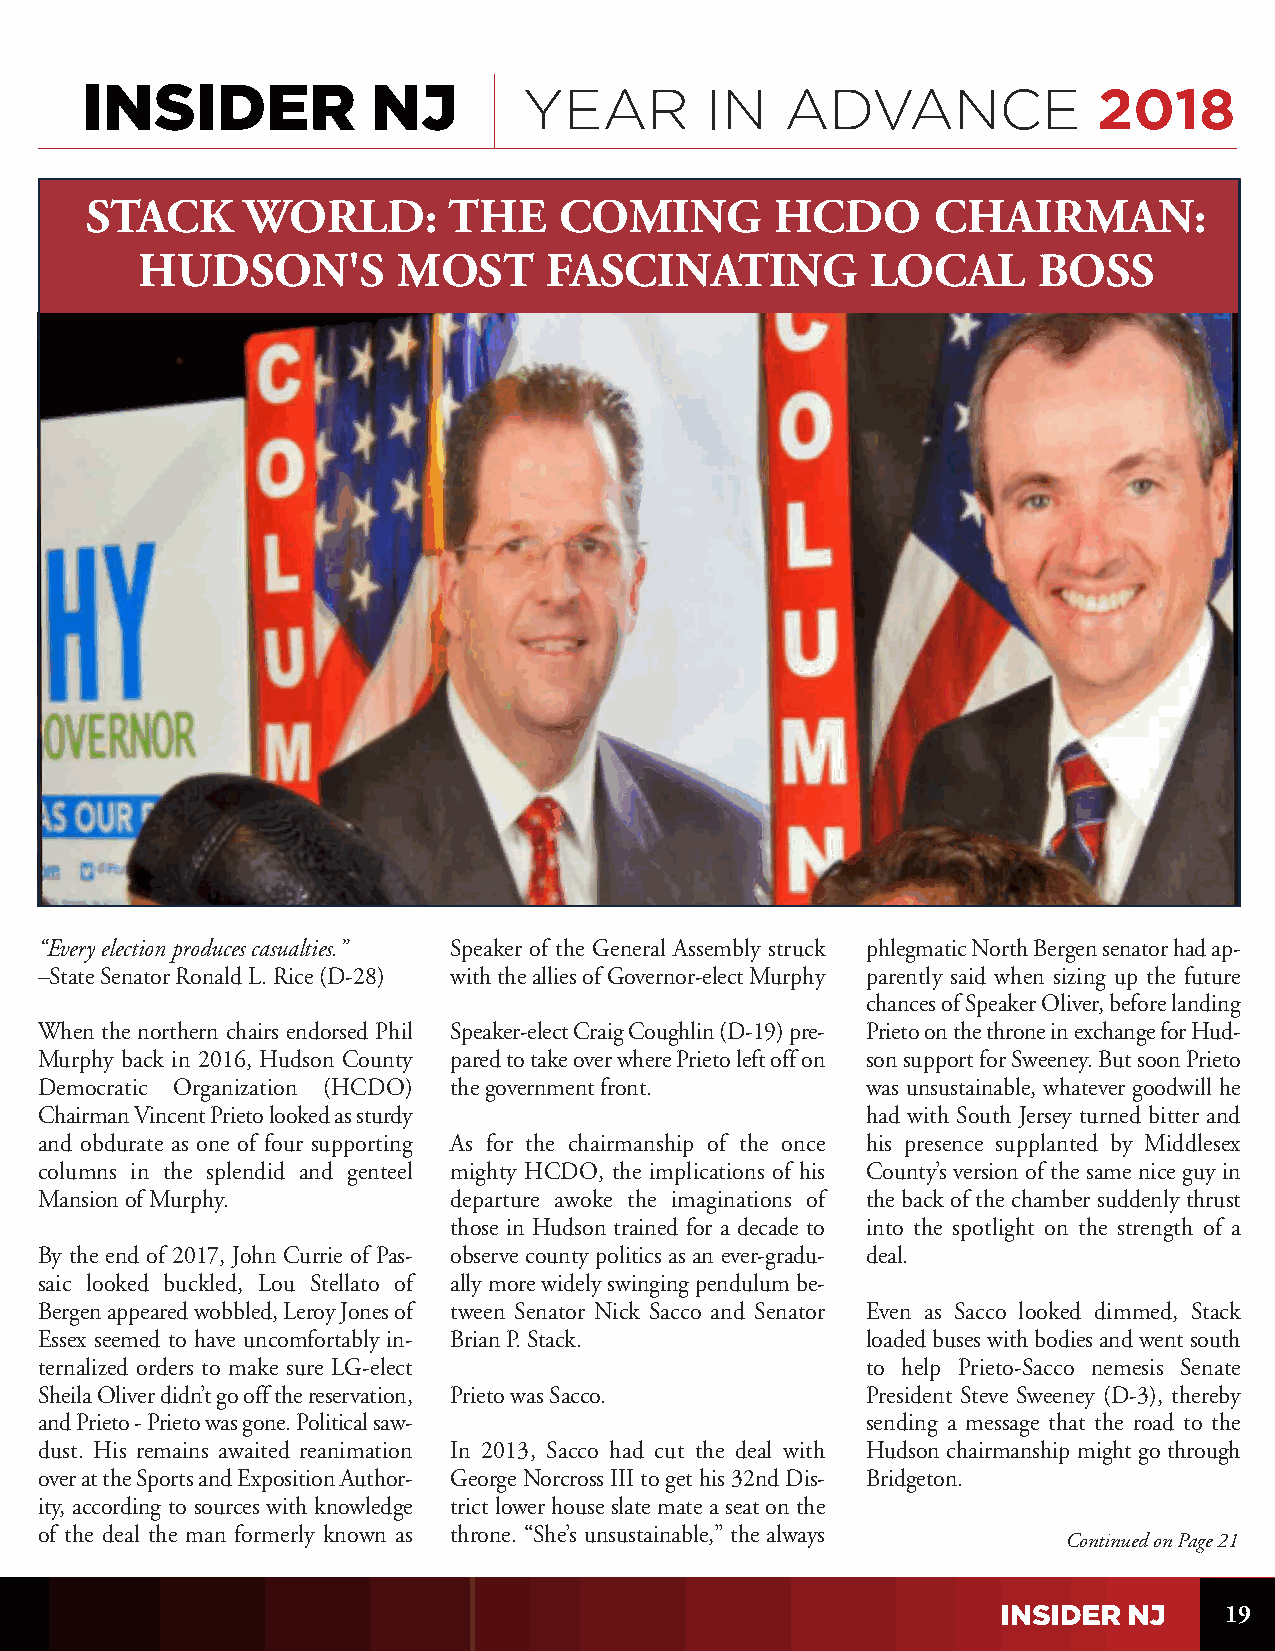
YEAR        IN   ADVANCE              2018
 STACK     WORLD:        THE    COMING        HCDO       CHAIRMAN:
 HUDSON'S         MOST      FASCINATING           LOCAL      BOSS
 “Every election produces casualties.” Speaker of the General Assembly struck phlegmatic North Bergen senator had ap-
 –State Senator Ronald L. Rice (D-28) with the allies of Governor-elect Murphy parently said when sizing up the future
 chances of Speaker Oliver, before landing
 When the northern chairs endorsed Phil Speaker-elect Craig Coughlin (D-19) pre- Prieto on the throne in exchange for Hud-
 Murphy back in 2016, Hudson County pared to take over where Prieto left off on son support for Sweeney. But soon Prieto
 Democratic Organization (HCDO) the government front.   was unsustainable, whatever goodwill he
 Chairman Vincent Prieto looked as sturdy               had with South Jersey turned bitter and
 and obdurate as one of four supporting As for the chairmanship of the once his presence supplanted by Middlesex
 columns in the splendid and genteel mighty HCDO, the implications of his County’s version of the same nice guy in
 Mansion of Murphy.          departure awoke the imaginations of the back of the chamber suddenly thrust
 those in Hudson trained for a decade to into the spotlight on the strength of a
 By the end of 2017, John Currie of Pas- observe county politics as an ever-gradu- deal.
 saic looked buckled, Lou Stellato of ally more widely swinging pendulum be-
 Bergen appeared wobbled, Leroy Jones of tween Senator Nick Sacco and Senator Even as Sacco looked dimmed, Stack
 Essex seemed to have uncomfortably in- Brian P. Stack. loaded buses with bodies and went south
 ternalized orders to make sure LG-elect                to help Prieto-Sacco nemesis Senate
 Sheila Oliver didn’t go off the reservation, Prieto was Sacco. President Steve Sweeney (D-3), thereby
 and Prieto - Prieto was gone. Political saw-           sending a message that the road to the
 dust. His remains awaited reanimation In 2013, Sacco had cut the deal with Hudson chairmanship might go through
 over at the Sports and Exposition Author- George Norcross III to get his 32nd Dis- Bridgeton.
 ity, according to sources with knowledge trict lower house slate mate a seat on the
 of the deal the man formerly known as throne. “She’s unsustainable,” the always
 Continued on Page 21
 19